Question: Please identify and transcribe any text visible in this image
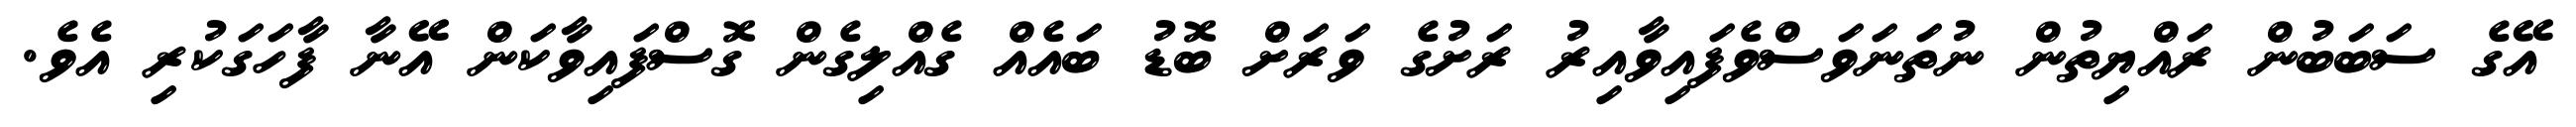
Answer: އޭގެ ސަބަބުން ރައްޔިތުން ނުތަނަވަސްވެފައިވާއިރު ރަށުގެ ވަރަށް ބޮޑު ބައެއް ގެއްލިގެން ގޮސްފައިވާކަން އޭނާ ފާހަގަކުރި އެވެ.